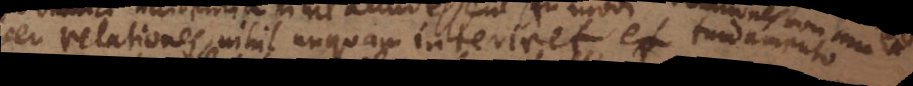
seu relationes, nihil unquam interiret et ex generibus